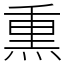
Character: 𤋱